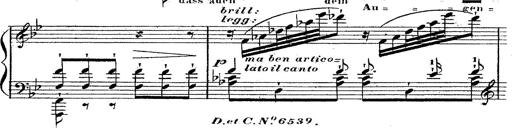
Title: 12 Lieder von Franz Schubert
Composer: Franz Liszt